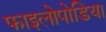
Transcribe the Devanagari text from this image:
फाइलोपोडिया